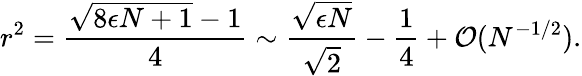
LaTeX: r^{2}=\frac{\sqrt{8\epsilon N+1}-1}{4}\sim\frac{\sqrt{\epsilon N}}{\sqrt{2}}-\frac{1}{4}+{\cal O}(N^{-1/2}).